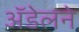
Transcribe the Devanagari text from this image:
अॅडेलने